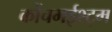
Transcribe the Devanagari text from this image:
कोंचमईश्ट्म